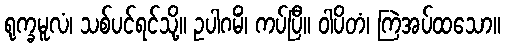
ရုက္ခမူလံ၊ သစ်ပင်ရင်သို့။ ဥပါဂမိံ၊ ကပ်ပြီ။ ဝါပိတံ၊ ကြဲအပ်ထသော။